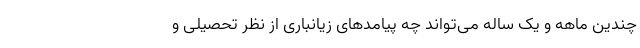
چندین ماهه و یک ساله می‌تواند چه پیامدهای زیانباری از نظر تحصیلی و